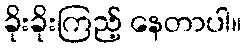
ခိုးခိုးကြည့် နေတာပါ။